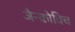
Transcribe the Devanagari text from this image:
जैन्कोविच